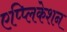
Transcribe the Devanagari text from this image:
एप्प्लिकेशन